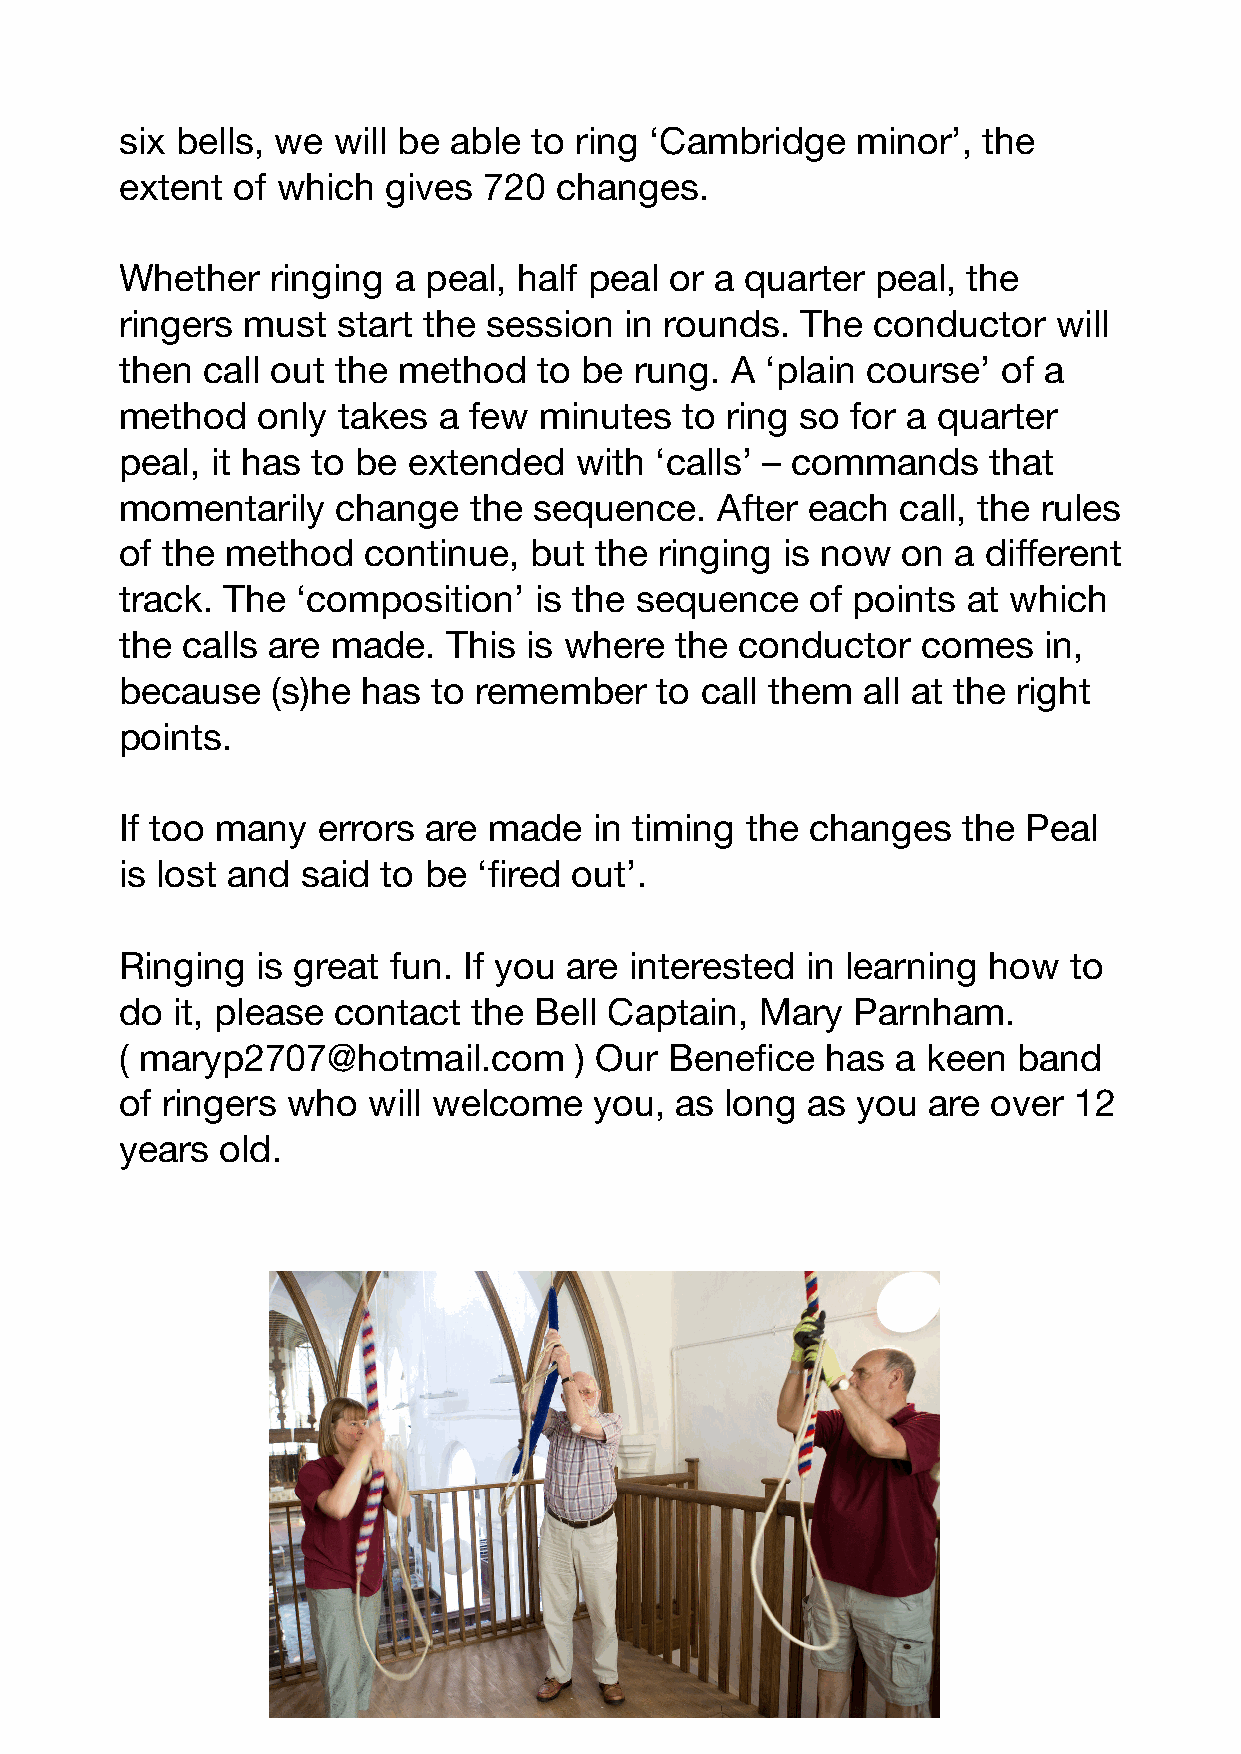
six bells, we will be able to ring ‘Cambridge    minor’, the
 extent of which   gives 720  changes.
 Whether   ringing a peal, half peal or a quarter  peal, the
 ringers must  start the session  in rounds.  The  conductor   will
 then call out the method    to be rung. A  ‘plain course’ of a
 method   only takes  a few  minutes  to ring so for a quarter
 peal, it has to be extended   with ‘calls’ – commands    that
 momentarily   change   the sequence.   After each   call, the rules
 of the method   continue,  but the  ringing is now  on a different
 track. The  ‘composition’  is the sequence    of points at which
 the calls are made.   This is where  the conductor   comes   in,
 because   (s)he has  to remember   to call them  all at the right
 points.
 If too many  errors are made   in timing the  changes   the Peal
 is lost and said to be  ‘fired out’.
 Ringing  is great fun. If you are interested in learning how   to
 do it, please contact  the Bell Captain,  Mary  Parnham.
 ( maryp2707@hotmail.com       ) Our Benefice   has a keen  band
 of ringers who  will welcome   you,  as long as  you are  over 12
 years  old.